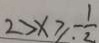
2 > x \geq . - \frac { 1 } { 2 }